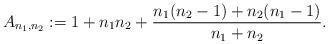
LaTeX: \begin{align*} A_{n_1,n_2}:=1+n_1n_2+\frac{n_1(n_2-1)+n_2(n_1-1)}{n_1+n_2}.\end{align*}